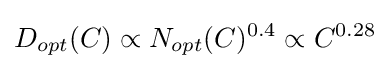
D_{opt}(C)\propto N_{opt}(C)^{0.4}\propto C^{0.28}